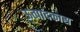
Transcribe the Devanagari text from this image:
ऊत्पादकास